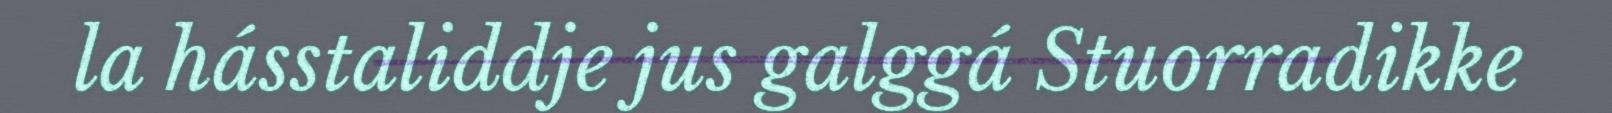
la hásstaliddje jus galggá Stuorradikke